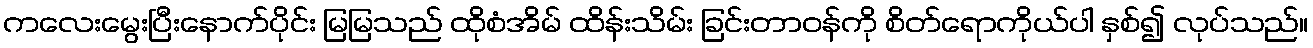
ကလေးမွေးပြီးနောက်ပိုင်း မြမြသည် ထိုစံအိမ် ထိန်းသိမ်း ခြင်းတာဝန်ကို စိတ်ရောကိုယ်ပါ နှစ်၍ လုပ်သည်။